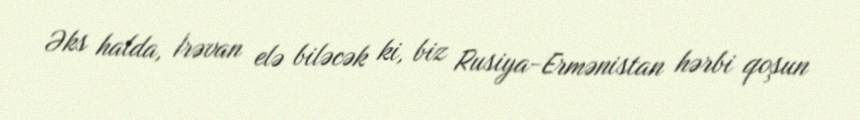
Əks halda, İrəvan elə biləcək ki, biz Rusiya-Ermənistan hərbi qoşun